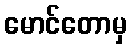
မောင်တောမှ